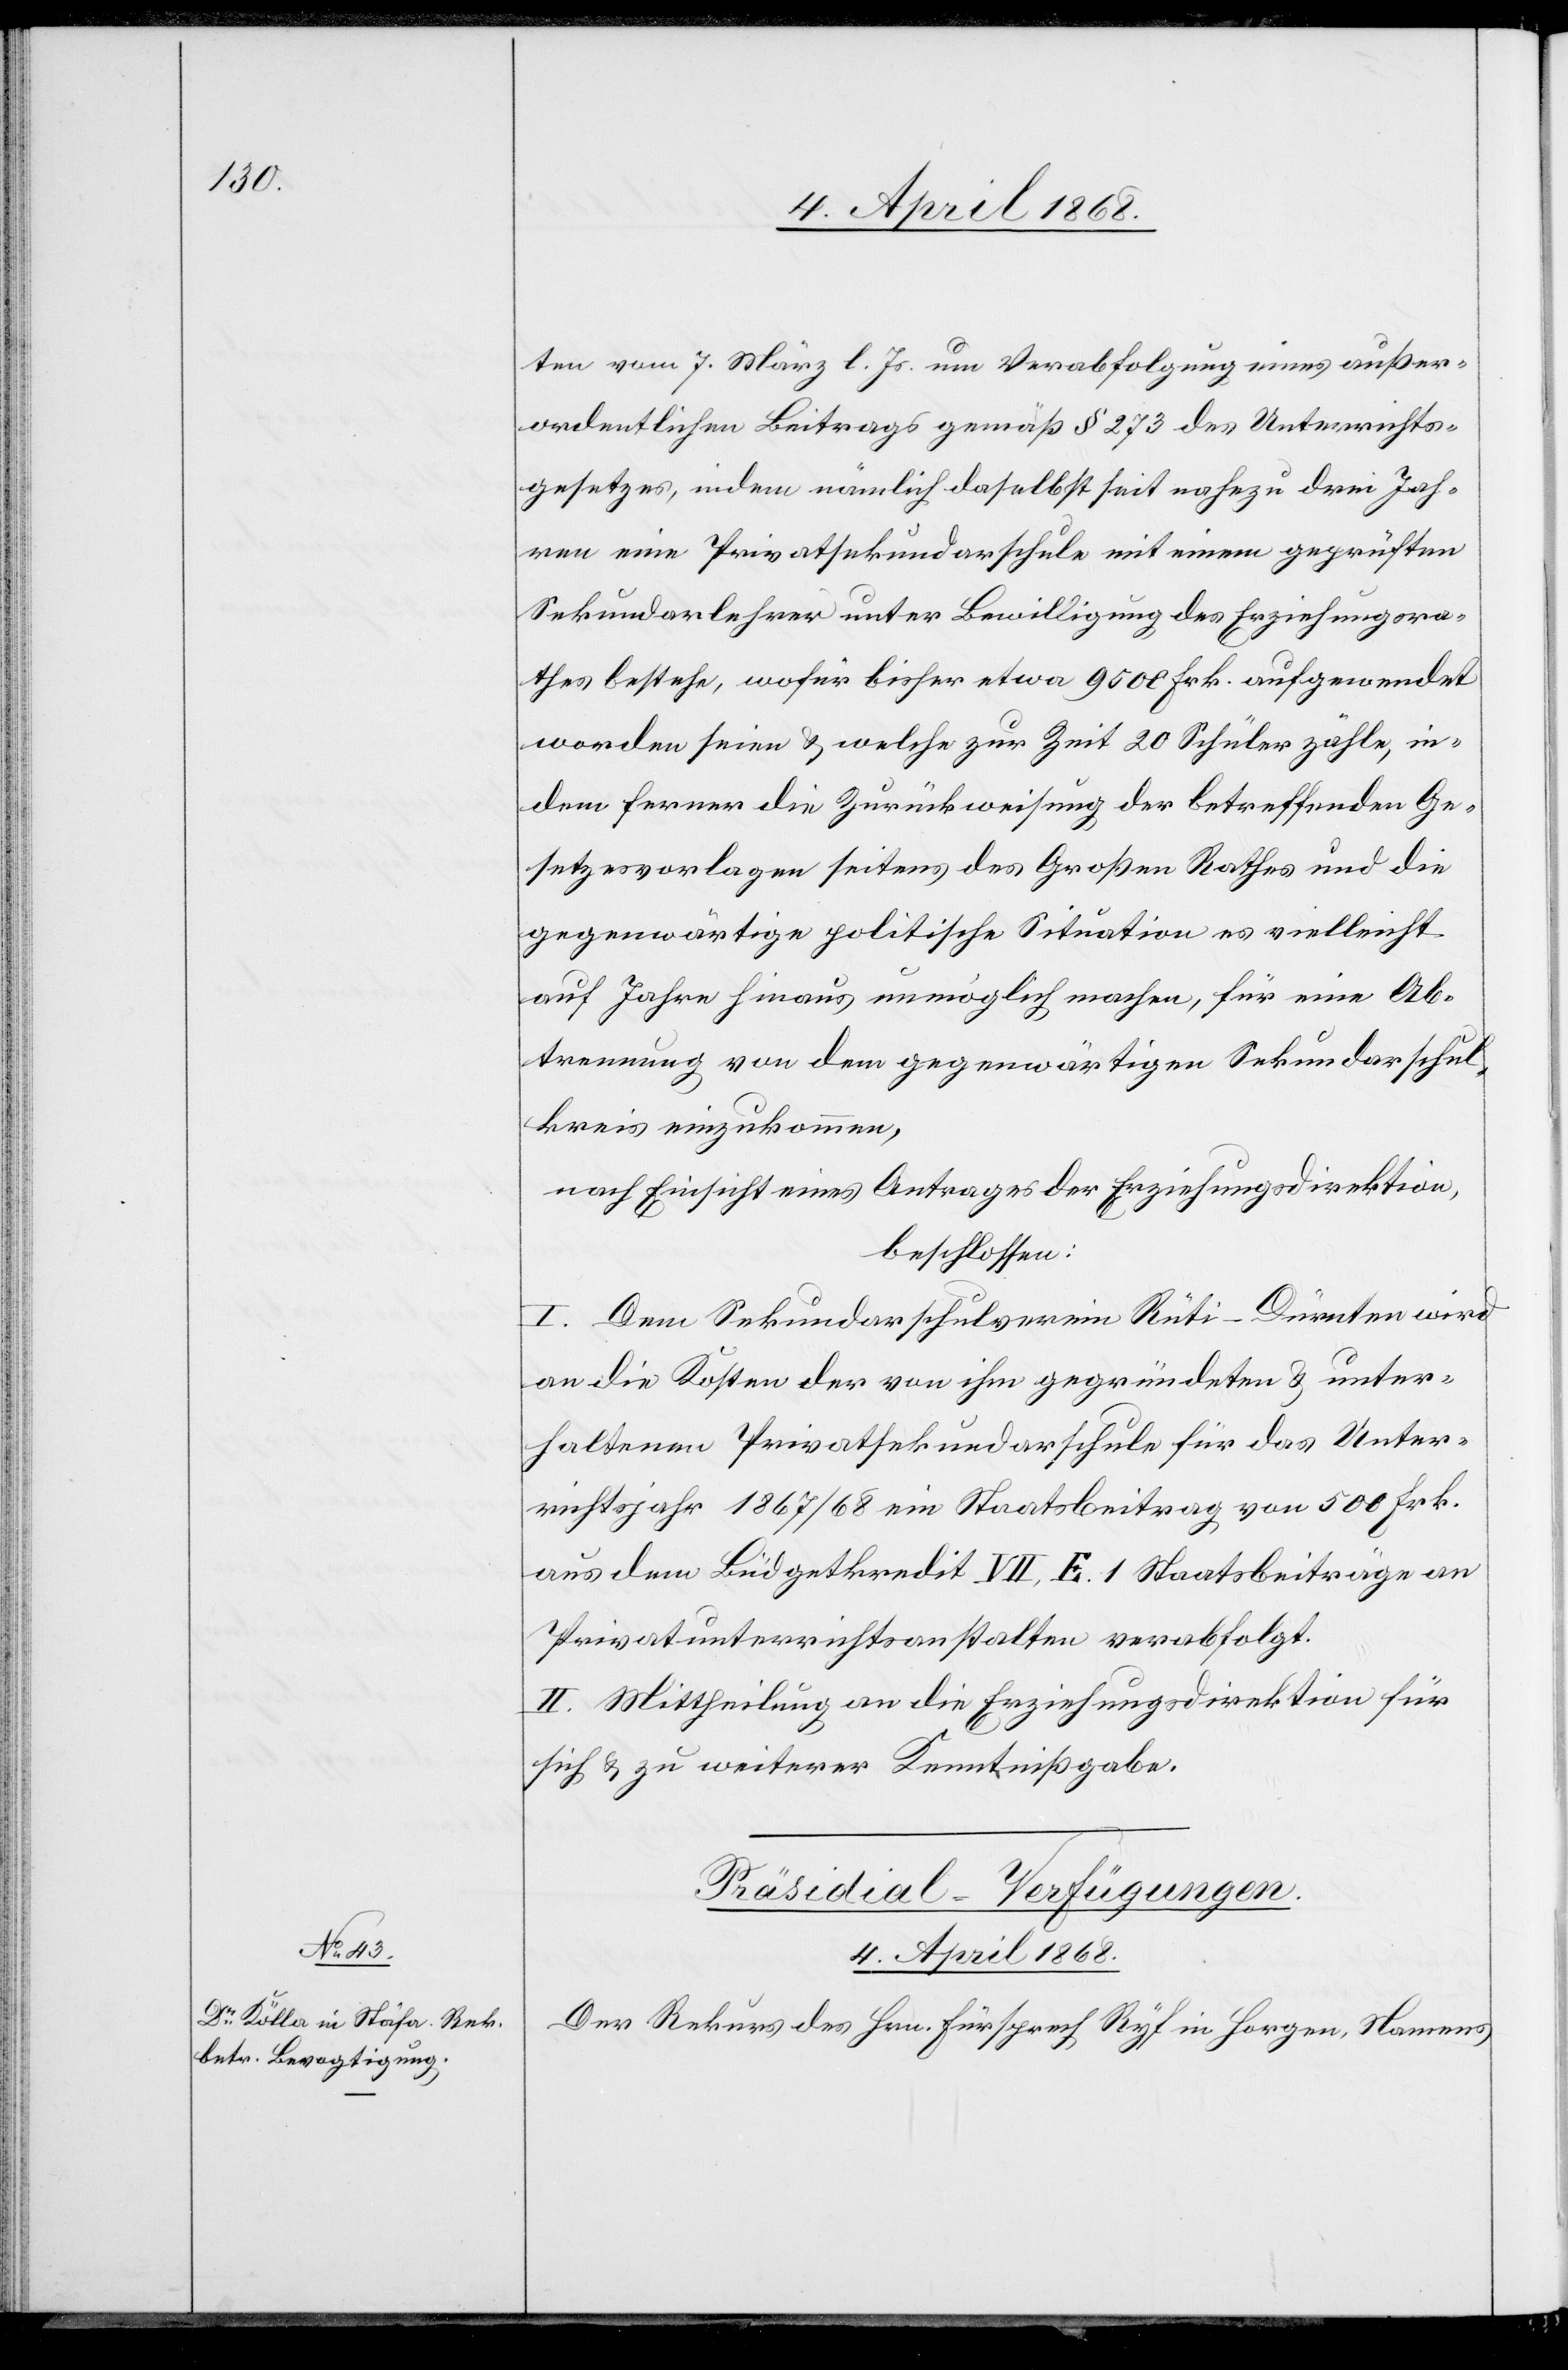
ten vom 7. März l. Js. um Verabfolgung eines außer¬
ordentlichen Beitrags gemäß § 273 des Unterrichts¬
gesetzes, indem nämlich daselbst seit nahezu drei Jah¬
ren eine Privatsekundarschule mit einem geprüften
Sekundarlehrer unter Bewilligung des Erziehungsra¬
thes bestehe, wofür bisher etwa 9500 Frk. aufgewendet
worden seien & welche zur Zeit 20 Schüler zähle, in¬
dem ferner die Zurückweisung der betreffenden Ge¬
setzesvorlagen seitens des Großen Rathes und die
gegenwärtige politische Situation es vielleicht
auf Jahre hinaus unmöglich machen, für eine Ab¬
trennung von dem gegenwärtigen Sekundarschul¬
kreis einzukommen,
nach Einsicht eines Antrages der Erziehungsdirektion,
beschlossen:
I. Dem Sekundarschulverein Rüti-Dürnten wird
an die Kosten der von ihm gegründeten & unter¬
haltenen Privatsekundarschule für das Unter¬
richtsjahr 1867/68 ein Staatsbeitrag von 500 Frk.
aus dem Büdgetkredit VII, E. 1 Staatsbeiträge an
Privatunterrichtsanstalten verabfolgt.
II. Mittheilung an die Erziehungsdirektion für
sich & zu weiterer Kenntnißgabe.
Präsidial-Verfügungen.
4. April 1868.
Der Rekurs des Hrn. Fürsprech Ryf in Horgen, Namens